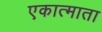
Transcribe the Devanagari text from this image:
एकात्माता